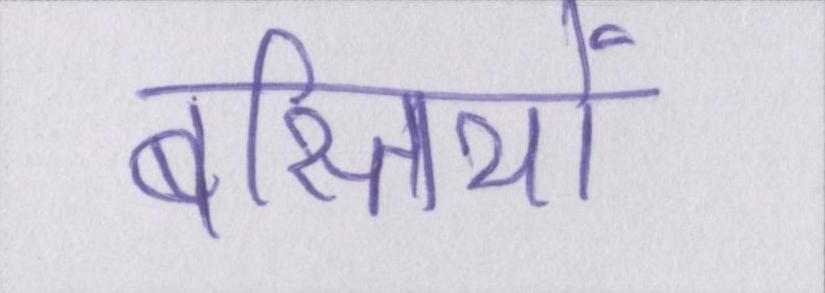
बस्तियों